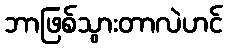
ဘာဖြစ်သွားတာလဲဟင်